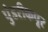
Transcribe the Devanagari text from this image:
पुंडरीकपूर